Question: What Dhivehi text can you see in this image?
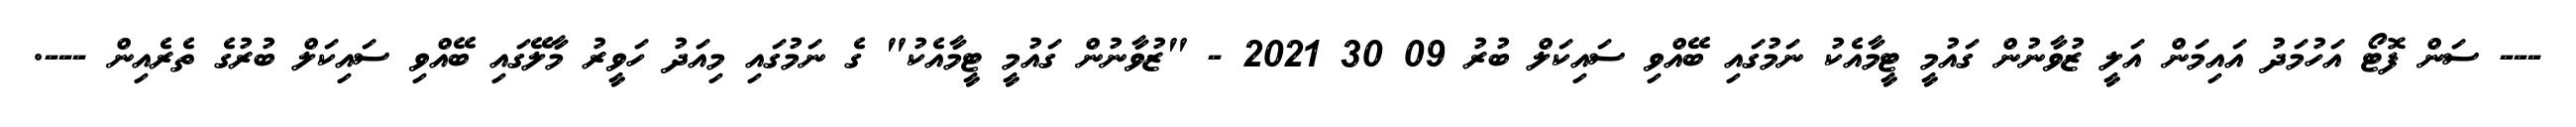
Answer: --- ސަން ފޮޓޯ އަހުމަދު އައިމަން އަލީ ޒުވާނުން ގައުމީ ޓީމާއެކު ނަމުގައި ބޭއްވި ސައިކަލް ބުރު 09 30 2021 - "ޒުވާނުން ގައުމީ ޓީމާއެކު" ގެ ނަމުގައި މިއަދު ހަވީރު މާލޭގައި ބޭއްވި ސައިކަލް ބުރުގެ ތެރެއިން ---.